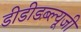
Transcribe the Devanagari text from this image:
डीडीडब्ल्यूजी